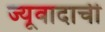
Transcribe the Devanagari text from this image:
ज्यूवादाची